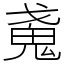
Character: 𢧩